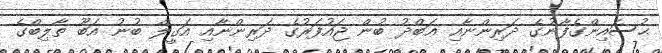
ޙުސައިންގެފާނުގެ ދަރިންނާއި ޢަބްދު ބުން ޖައުފަރުގެ ދަރިންނާއި އަގީލް ބުނު އަބޫ ތާލިބްގެ